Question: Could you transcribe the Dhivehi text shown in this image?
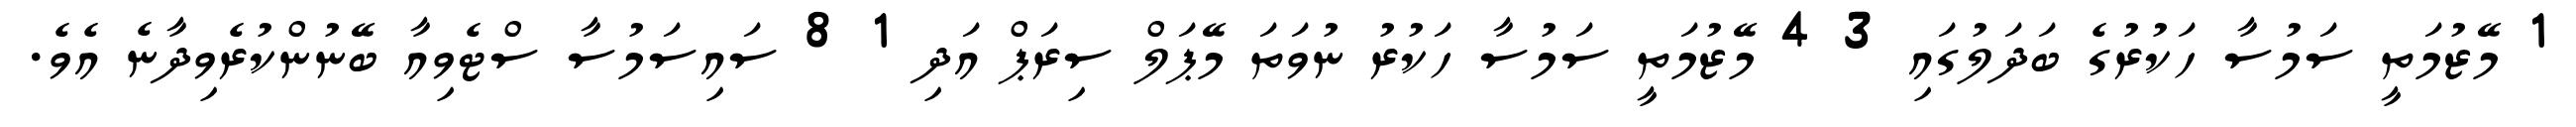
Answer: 1 މޭޒުމަތީ ސަމުސާ ހަކުރުގެ ބަދަލުގައި 3 4 މޭޒުމަތީ ސަމުސާ ހަކުރު ނުވަތަ މޭޕަލް ސިރަޕް އަދި 1 8 ސައިސަމުސާ ސްޓެވިއާ ބޭނުންކުރެވިދާނެ އެވެ.